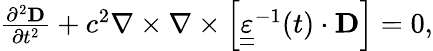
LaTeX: \begin{array}{r}{\frac{\partial^{2}{\mathbf D}}{\partial t^{2}}+c^{2}\nabla\times\nabla\times\left[{\underline{{\underline{\varepsilon}}}^{-1}(t)\cdot\mathbf D}\right]=0,}\end{array}